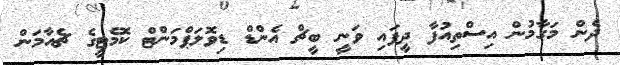
ދެން މަގާމުން އިސްތިއުފާ ދީފައި ވަނީ ބީޗް އެންޑް ޑިވޮލަޕްމަންޓް ކޮމެޓީގެ ޗެއާމަން